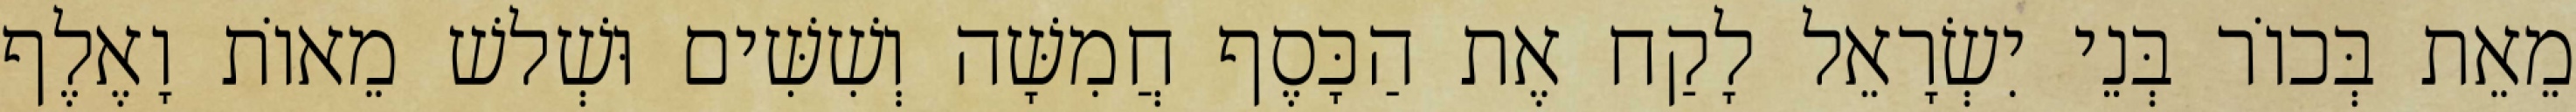
מֵאֵת בְּכוֹר בְּנֵי יִשְׂרָאֵל לָקַח אֶת הַכָּסֶף חֲמִשָּׁה וְשִׁשִּׁים וּשְׁלשׁ מֵאוֹת וָאֶלֶף